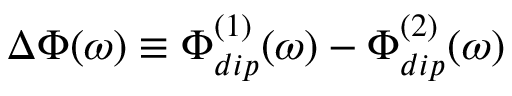
\Delta \Phi ( \omega ) \equiv \Phi _ { d i p } ^ { ( 1 ) } ( \omega ) - \Phi _ { d i p } ^ { ( 2 ) } ( \omega )